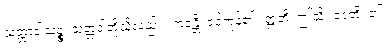
သတ္တာဝါသဉ္စ၊ သတ္တဝါတို့သို့လည်း။ ဘဇန္တိ၊ ဝင်ကုန်၏။ ဣတိ၊ ဤသို့။ ဝဒတိ၊ ၏။